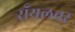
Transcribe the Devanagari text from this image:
रॉयलवर